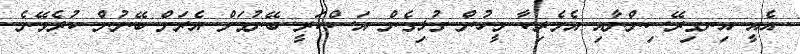
އެއީ އިނގިރޭސިންނާއި އެމެރިކާ މީހުން ގުޅިގެން އަސްކަރީ ބޭނުމަށް އެރަށް ބޭނުން ކުރެވޭނެ